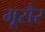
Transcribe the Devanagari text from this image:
मूसैर